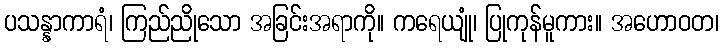
ပသန္နာကာရံ၊ ကြည်ညိုသော အခြင်းအရာကို။ ကရေယျုံ၊ ပြုကုန်မူကား။ အဟောဝတ၊